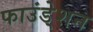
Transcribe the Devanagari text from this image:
फाउंडे्शन